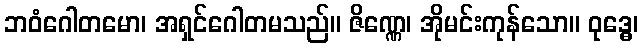
ဘဝံဂေါတမော၊ အရှင်ဂေါတမသည်။ ဇိဏ္ဏေ၊ အိုမင်းကုန်သော။ ဝုဒ္ဓေ၊